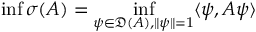
\operatorname* { i n f } \sigma ( A ) = \operatorname* { i n f } _ { \psi \in { \mathfrak { D } } ( A ) , \| \psi \| = 1 } \langle \psi , A \psi \rangle